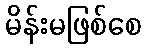
မိန်းမဖြစ်စေ